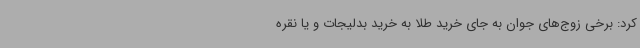
کرد: برخی زوج‌های جوان به جای خرید طلا به خرید بدلیجات و یا نقره